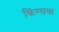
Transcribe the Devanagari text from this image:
किंग्सचा